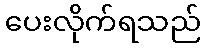
ပေးလိုက်ရသည်